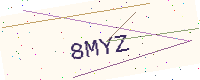
Text: 8MYZ